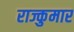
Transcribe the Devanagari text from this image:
राज्कुमार